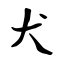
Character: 犬